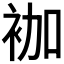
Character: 𰳷